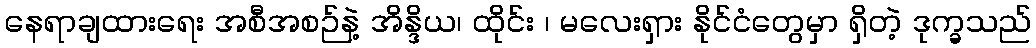
နေရာချထားရေး အစီအစဉ်နဲ့ အိန္ဒိယ၊ ထိုင်း ၊ မလေးရှား နိုင်ငံတွေမှာ ရှိတဲ့ ဒုက္ခသည်